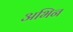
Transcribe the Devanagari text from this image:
अभिन